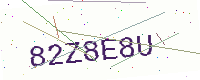
Text: 82Z8E8U